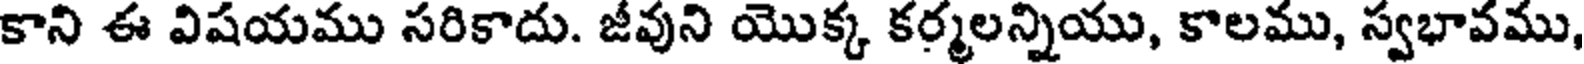
కాని ఈ విషయము సరికాదు. జీవుని యొక్క కర్మలన్నియు, కాలము, స్వభావము,